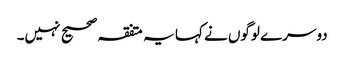
دوسرے لوگوں نے کہا یہ متفقہ صحیح نہیں۔